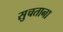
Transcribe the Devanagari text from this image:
सुचताना